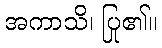
အကာသိ၊ ပြု၏။